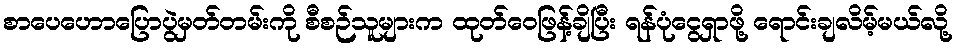
စာပေဟောပြောပွဲမှတ်တမ်းကို စီစဉ်သူများက ထုတ်ဝေဖြန့်ချိပြီး ရန်ပုံငွေရှာဖို့ ရောင်းချလိမ့်မယ်လို့